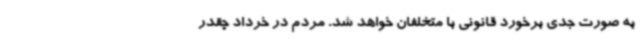
به صورت جدی برخورد قانونی با متخلفان خواهد شد. مردم در خرداد چقدر